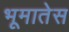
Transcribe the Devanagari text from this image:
भूमातेस